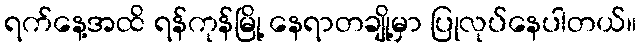
ရက်နေ့အထိ ရန်ကုန်မြို့ နေရာတချို့မှာ ပြုလုပ်နေပါတယ်။